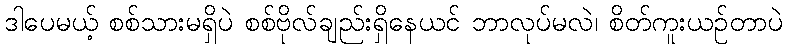
ဒါပေမယ့် စစ်သားမရှိပဲ စစ်ဗိုလ်ချည်းရှိနေယင် ဘာလုပ်မလဲ၊ စိတ်ကူးယဉ်တာပဲ